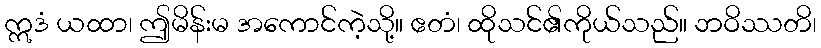
ဣဒံ ယထာ၊ ဤမိန်းမ အကောင်ကဲ့သို့။ ဧတံ၊ ထိုသင်၏ကိုယ်သည်။ ဘဝိဿတိ၊